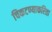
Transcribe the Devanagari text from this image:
चिकटण्याकरिता